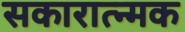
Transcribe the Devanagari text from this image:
सकारात्न्मक